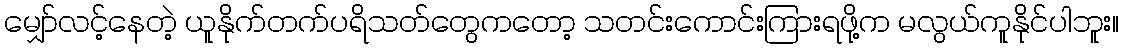
မျှော်လင့်နေတဲ့ ယူနိုက်တက်ပရိသတ်တွေကတော့ သတင်းကောင်းကြားရဖို့က မလွယ်ကူနိုင်ပါဘူး။